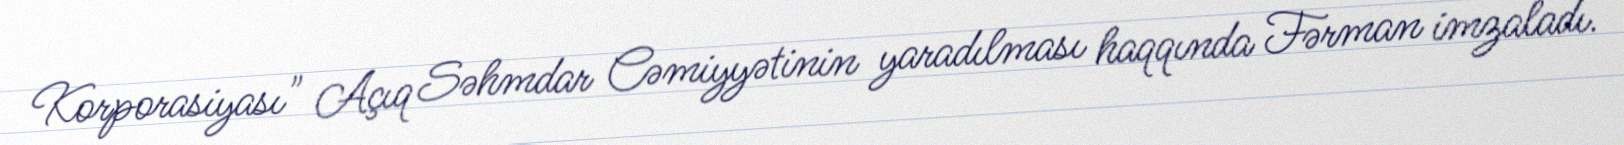
Korporasiyası" Açıq Səhmdar Cəmiyyətinin yaradılması haqqında Fərman imzaladı.